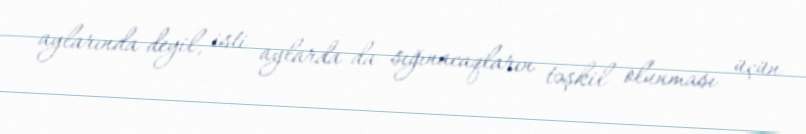
aylarında deyil, isti aylarda da sığınacaqların təşkil olunması üçün